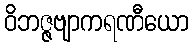
ဝိဘဇ္ဇဗျာကရဏီယော